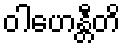
ဝါဟေန္တီတိ